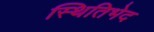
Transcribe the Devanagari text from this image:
स्थितिभेद